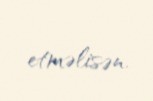
etməlisən.